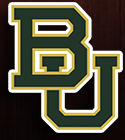
BU